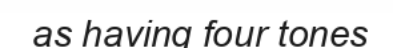
as having four tones